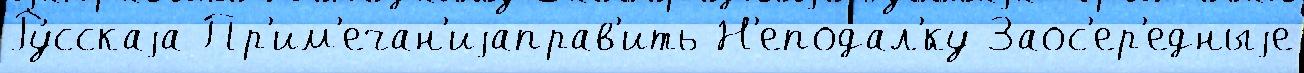
Ру́сскаjа Пр'им'ечан'иjаправ'ить Н'еподал'́ку Заос'ер'едныjе